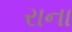
રાના